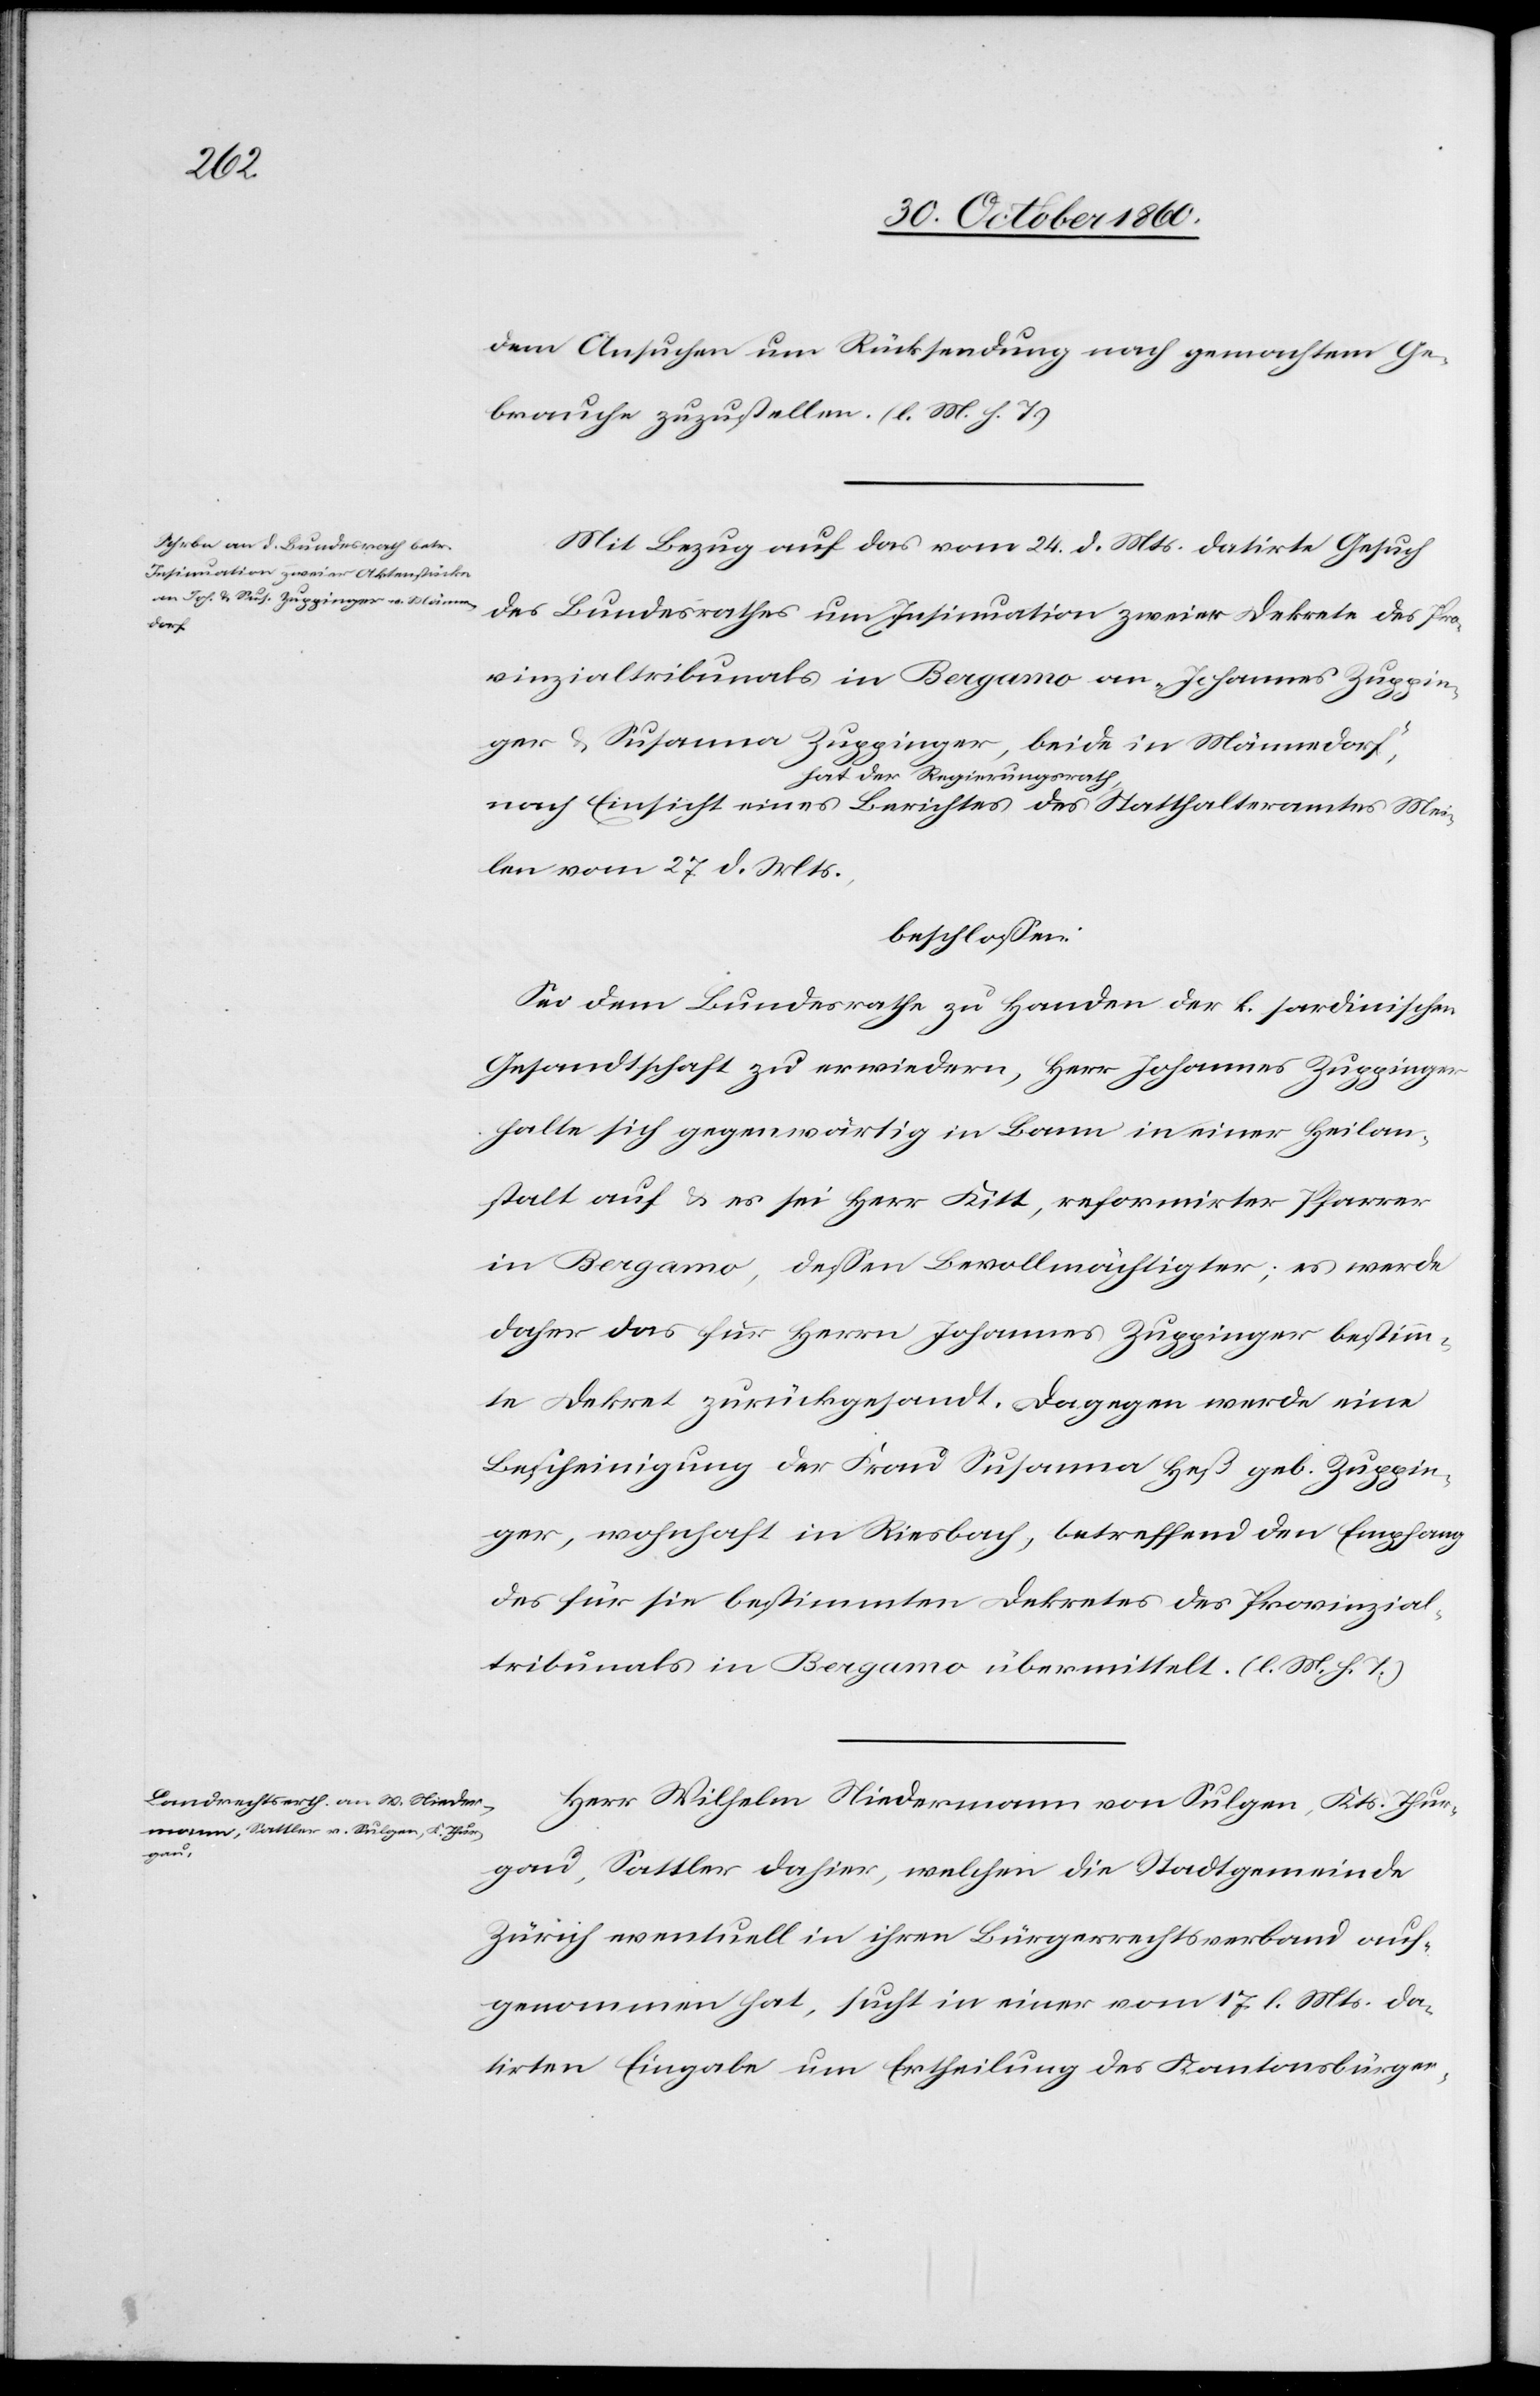
dem Ansuchen um Rücksendung nach gemachtem Ge¬
brauche zuzustellen. (l. M. h. T.)
Mit Bezug auf das vom 24. d. Mts,. datirte Gesuch
des Bundesrathes um Insinuation zweier Dekrete des Pro¬
vinzialtribunals in Bergamo an „Johannes Zuppin¬
ger u. Susanna Zuppinger, beide in Männedorf“,
hat der Regierungsrath,
nach Einsicht eines Berichtes des Statthalteramtes Mei¬
len vom 27. d. Mts.,
beschlossen:
Sei dem Bundesrathe zu Handen der k. sardinischen
Gesandtschaft zu erwiedern, Herr Johannes Zuppinger
halte sich gegenwärtig in Bann, in einer Heilan¬
stalt auf u. es sei Herr Kitt, reformirter Pfarrer
in Bergamo, deßen Bevollmächtigter; es werde
daher das für Herrn Johannes Zuppinger bestimm¬
te Dekret zurückgesandt. Dagegen werde eine
Bescheinigung der Frau Susanna Heß geb. Zuppin¬
ger, wohnhaft in Riesbach, betreffend den Empfang
des für sie bestimmten Dekretes des Provinzial¬
tribunals in Bergamo übermittelt (l. M. h. T.)
Herr Wilhelm Niedermann von Sulgen, Kts. Thur¬
gau, Sattler dahier, welchem die Stadtgemeinde
Zürich eventuell in ihren Bürgerrechtsverband auf¬
genommen hat, sucht in einer vom 17. l. Mts. da¬
tirten Eingabe um Ertheilung des Kantonsbürger-